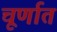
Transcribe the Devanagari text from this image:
चूर्णात